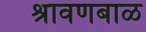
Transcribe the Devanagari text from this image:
श्रावणबाळ